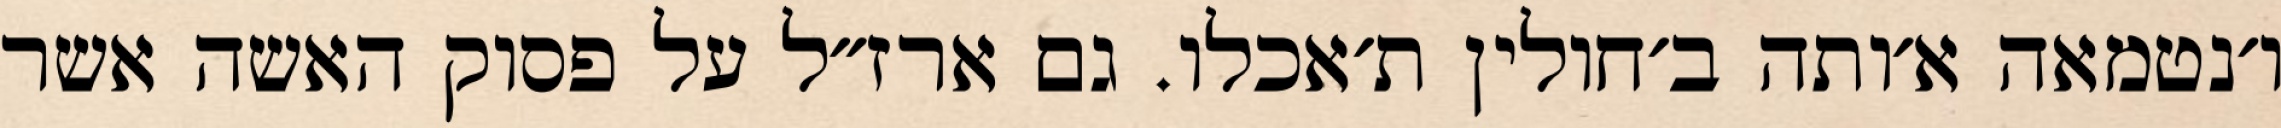
ו׳נטמאה א׳ותה ב׳חולין ת׳אכלו. גם ארז״ל על פסוק האשה אשר